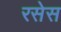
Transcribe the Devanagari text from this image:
रसेस